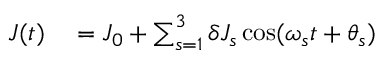
\begin{array} { r l } { J ( t ) } & { { } = J _ { 0 } + \sum _ { s = 1 } ^ { 3 } \delta J _ { s } \cos ( \omega _ { s } t + \theta _ { s } ) } \end{array}